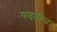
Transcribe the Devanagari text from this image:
पदवीच